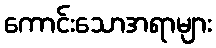
ကောင်းသောအရာများ